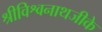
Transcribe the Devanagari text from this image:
श्रीविश्वनाथजीके